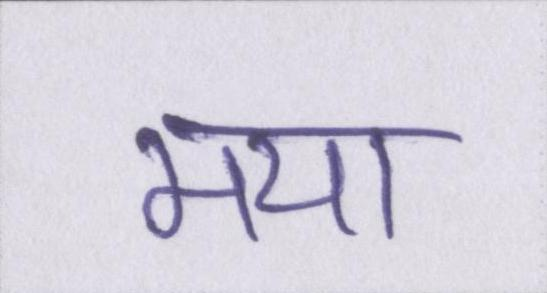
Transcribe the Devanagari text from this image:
मया